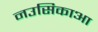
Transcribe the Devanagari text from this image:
नउसिकाआ